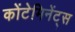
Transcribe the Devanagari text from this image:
कोंटेमिनेंट्स